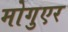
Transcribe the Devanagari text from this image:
मोगुएर